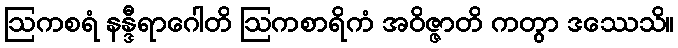
ဩကစရံ နန္ဒီရာဂေါတိ ဩကစာရိကံ အဝိဇ္ဇာတိ ကတွာ ဒဿေသိ။